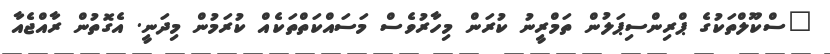
"ސްކޫލްތަކުގެ ޕްރިންސިޕަލުން ތަމްރީނު ކުރަން މިހާރުވެސް މަސައްކަތްތަކެއް ކުރަމުން މިދަނީ. އެގޮތުން ރާއްޖެއާ